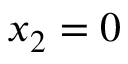
x _ { 2 } = 0